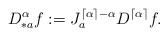
LaTeX: \begin{align*}D_{*a}^\alpha f := J_a^{\lceil \alpha \rceil - \alpha} D^{\lceil \alpha \rceil} f.\end{align*}